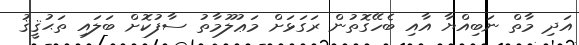
އަދި މާތް ނަބިއްޔާ އާއި ބެހޭގޮތުން ރަގަޅަށް މަޢުލޫމާތު ސާފުކޮށް ބަލައި ތަޙުޤީޤު